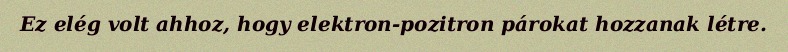
Ez elég volt ahhoz, hogy elektron-pozitron párokat hozzanak létre.